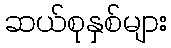
ဆယ်စုနှစ်များ